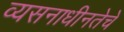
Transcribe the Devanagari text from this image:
व्यसनाधीनतेचे